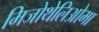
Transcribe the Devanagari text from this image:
मिजोथेलिओमा